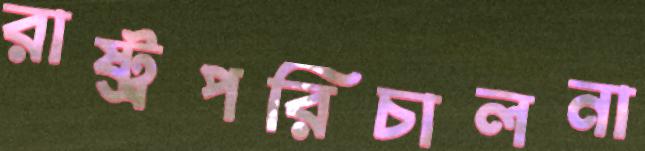
রাষ্ট্রপরিচালনা